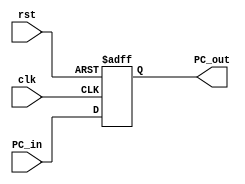

module PC(clk, rst, PC_in, PC_out);

input clk, rst;
input [7:0] PC_in;
output reg [7:0] PC_out;

initial begin
PC_out = 8'b0;
end


always @ (posedge clk or posedge rst) begin

if (rst) begin
PC_out = 8'b0;
end

else begin

PC_out = PC_in;


end
 
end


endmodule